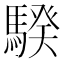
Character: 騤